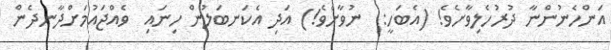
އަންހެނުންނާ ދުރުހެލިވާށެވެ! (އެބަހީ:  ނުވާށެވެ!) އަދި އެކަނބަލުން ހިނައި  ވެއްޖައުމަށްދާނދެން